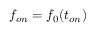
f _ { o n } = f _ { 0 } ( t _ { o n } )